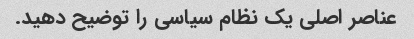
عناصر اصلی یک نظام سیاسی را توضیح دهید.